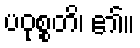
ပဝုစ္စတိ၊ ၏။